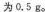
为0.5g。